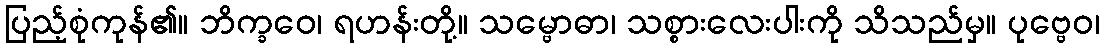
ပြည့်စုံကုန်၏။ ဘိက္ခဝေ၊ ရဟန်းတို့။ သမ္ဗောဓာ၊ သစ္စားလေးပါးကို သိသည်မှ။ ပုဗ္ဗေဝ၊